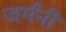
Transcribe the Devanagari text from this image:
जर्मंनी